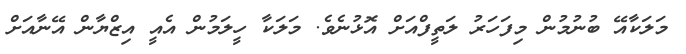
މަލަކާއޭ ބުނުމުން މިފަހަރު ލަތީފްއަށް އޮޅުނެވެ. މަލަކާ ހީލަމުން އެއީ އިޒްޔާން އޭނާއަށް